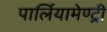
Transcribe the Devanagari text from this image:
पार्लियामेण्ट्री